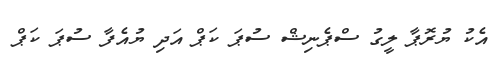
އެކު ޔުރޮޕާ ލީގު ސްޕެނިޝް ސުޕަ ކަޕް އަދި ޔުއެފާ ސުޕަ ކަޕް